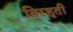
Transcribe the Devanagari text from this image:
तिरहुती